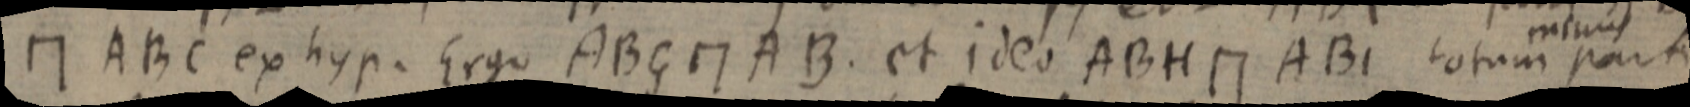
П ABC ex hyp. Ergo ABG П AB. et ideo ABH П ABI totum parti